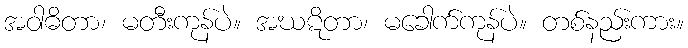
အဝါဓိတာ၊ မတီးကုန်ပဲ။ အဃဋိတာ၊ မခေါက်ကုန်ပဲ။ တစ်နည်းကား။